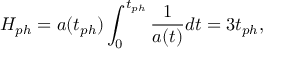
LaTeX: H _ { p h } = a ( t _ { p h } ) \int _ { 0 } ^ { t _ { p h } } \frac { 1 } { a ( t ) } d t = 3 t _ { p h } ,